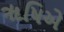
ૠષિએ